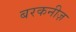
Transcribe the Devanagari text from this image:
बरकनीज़